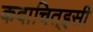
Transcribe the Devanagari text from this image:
कदाचित्‌इसी